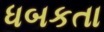
ધબકતા